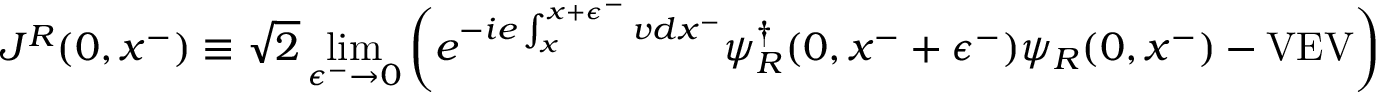
J ^ { R } ( 0 , x ^ { - } ) \equiv \sqrt { 2 } \operatorname * { l i m } _ { \epsilon ^ { - } \rightarrow 0 } \left( e ^ { - i e \int _ { x } ^ { x + \epsilon ^ { - } } v d x ^ { - } } \psi _ { R } ^ { \dagger } ( 0 , x ^ { - } + \epsilon ^ { - } ) \psi _ { R } ( 0 , x ^ { - } ) - \mathrm { V E V } \right)